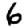
Digit: 6